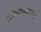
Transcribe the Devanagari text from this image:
बिबळ्यावर